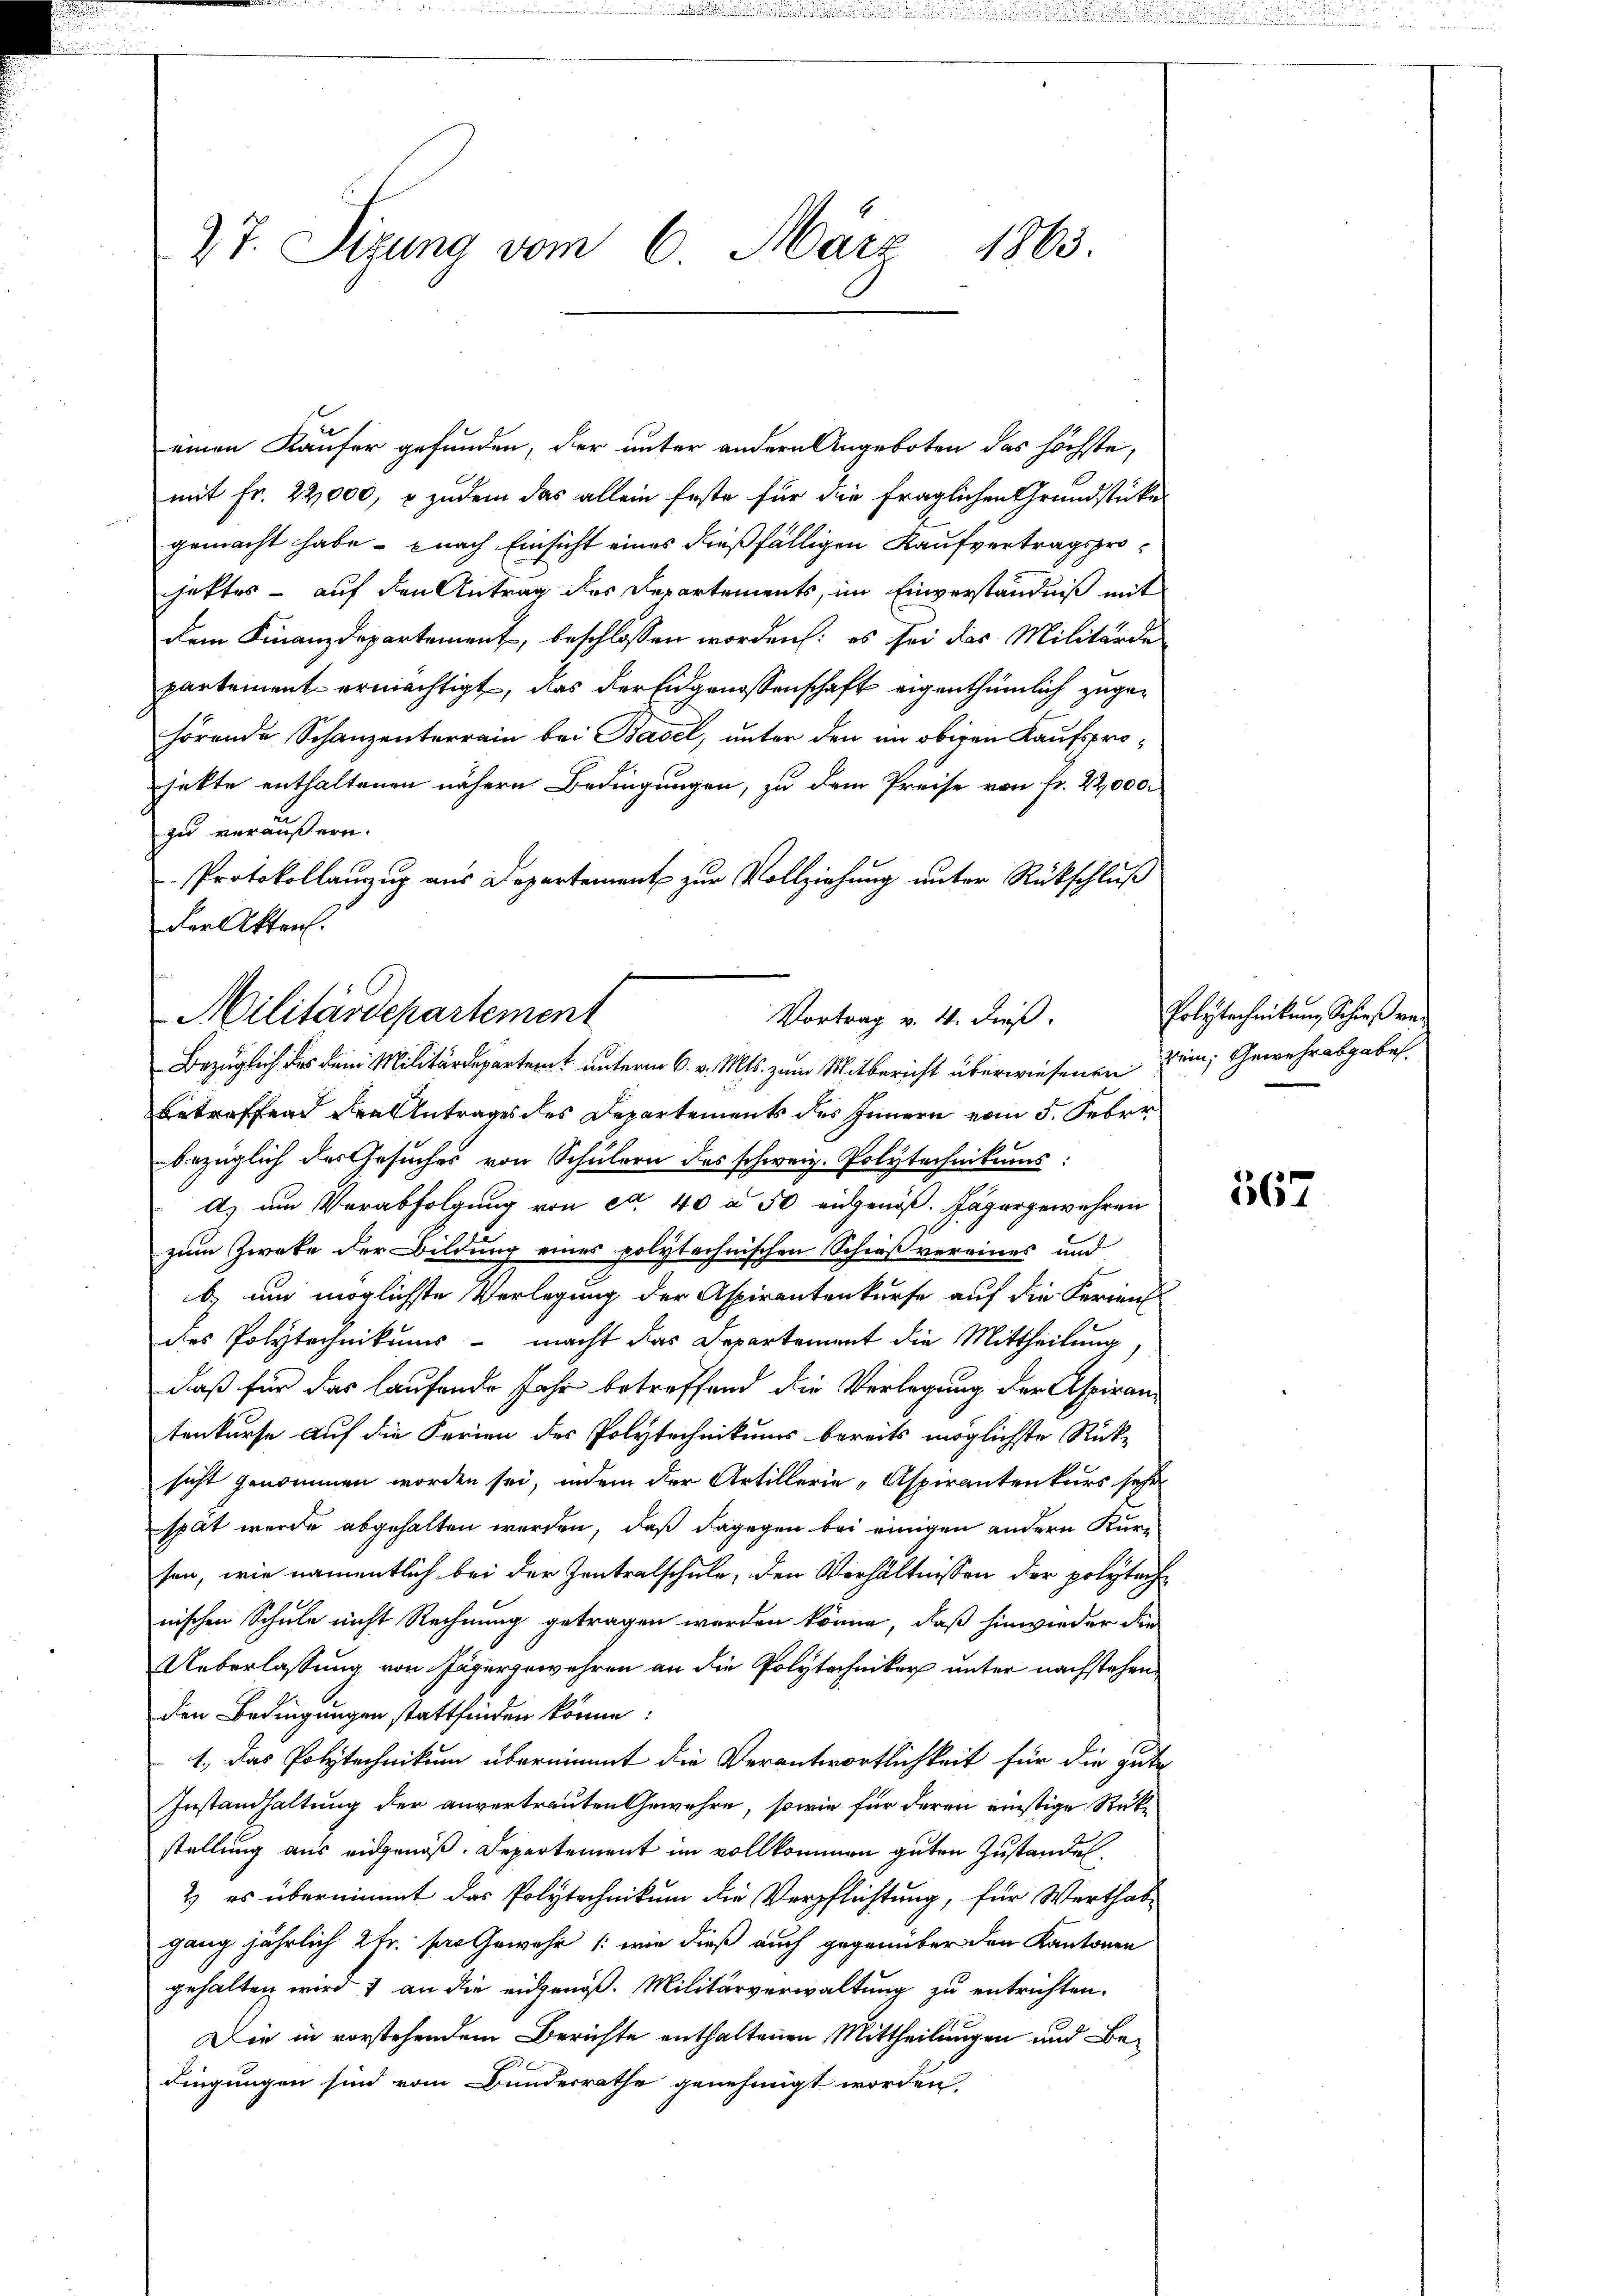
einen Käufer gefunden, der unter andern Angeboten das höchste,
mit Fr. 22,000, & zudem das allein Erste für die fraglichen Grundstücke
gemacht habe - nach Einsicht eines dießfälligen Kaufvertragsprojektes - auf den Antrag des Departements, im Einverständniß mit
dem Finanzdepartement, beschlossen worden: es sei das Militärde
partement ermächtigt, das der Eidgenossenschaft eigenthümlich zugehörende Schanzenterrain bei Basel, unter den im obigen Kaufsprojette enthaltenen nähern Bedingungen, zu dem Preise von fr. 22,000.
zu veräußern.
Protokollanzug aus Departement zur Vollziehung unter Rückschluß
der Akten.

27. Sizung vom 6. März 1863.

Militärdepartement
Vortrag v. 4. dieß.
Bezüglich des dem Militärdepartent unterm 6. v. Mts. zum Mitbericht überwiesenen Bein; Gewehr abgabe.

Betreffend den Antrages des Departements des Innern vom 5. Feber
bezüglich des Gesuches von Schülern des schweiz. Polytechnikums:
A. um Verabfolgung von ca. 40 à 50 eidgenöß. Jägergewehren
zum Zwete der Bildung eines polytechnischen Schießvereines und
b) und möglichste Verlegung der Aspirantenkurse auf die Feriens
des Polytechnikums - macht das Departement die Mittheilung
daß für das laufende Jahr betreffend die Verlegung der Aspirantenkurse auf die Ferien des Polytechnikums bereits möglichste Rück-
sicht genommen worden sei, indem der Artillerie-Aspirantenkurs sehr
spät werde abgehalten werden, daß dagegen bei einigen andern Kursen, wie namentlich bei der Zentralschule, den Verhältnissen der polytechnischen Schule nicht Rechnung getragen worden könne, daß hinwieder die
Ueberlassung von Jägergewehren an die Polytechniker unter nachstehenden Bedingungen stattfinden könne:
1., das Polytechnikum übernimmt die Verantwortlichkeit für die gute
Instandhaltung der anvertrauten Gewehre, sowie für deren einstige Rükstellung aus eidgenöß. Departement im vollkommen guten Zustandel
2) es übernimmt das Polytechnikum die Verpflichtung, für Werthab-
gang jährlich 2 Fr. pro Gewehr /: wie dieß auch gegenüber den Kantonen
gehalten wird & an die eidgenöß. Militärverwaltung zu entrichten.
Die in vorstehendem Berichte enthaltenen Mittheilungen und Bedingungen sind vom Bundesrathe genehmigt worden,

Polytechnikung Schieß ver¬

567